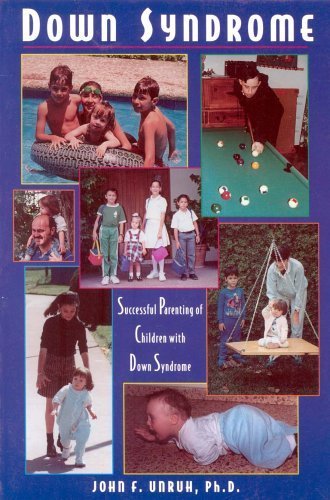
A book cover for Down Syndrome: Successful Parenting of Children With Down Syndrome by Unruh, John F. (1994) Paperback; John F. Unruh; Health, Fitness & Dieting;